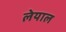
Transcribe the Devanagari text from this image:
लेयाल